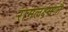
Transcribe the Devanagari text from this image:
रामलक्ष्मणौ